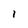
Character: l